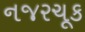
નજરચૂક